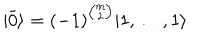
| \bar { 0 } \rangle = ( - 1 ) ^ { { \binom { m } { 2 } } } | 1 , \ldots , 1 \rangle